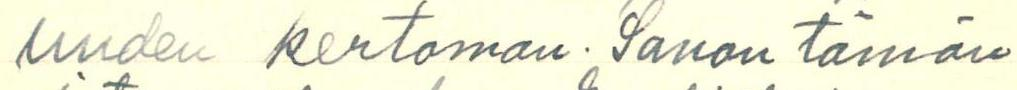
uuden kertoman. Sanon tämän